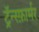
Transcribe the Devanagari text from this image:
ट्रॅन्स्फ़ार्मर